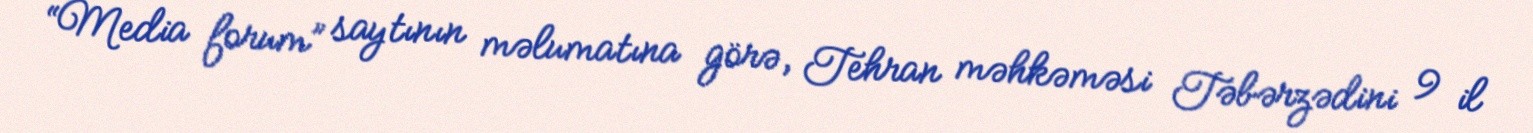
“Media forum” saytının məlumatına görə, Tehran məhkəməsi Təbərzədini 9 il